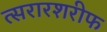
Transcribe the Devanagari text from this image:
त्सरारशरीफ